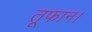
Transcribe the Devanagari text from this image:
तूफान।